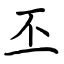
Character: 丕